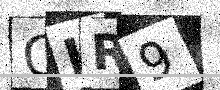
Text: OLR9